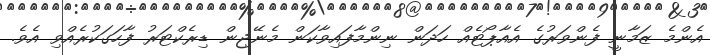
އެންމެ ޒަމާނީ ފެންވަރުގެ އެއާޕޯޓެއް ހަދަން ނިންމާފައިވާކަން މެނޭޖިން ޑިރެކްޓަރު ފާހަގަކުރެއްވި އެވެ.